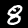
Digit: 8